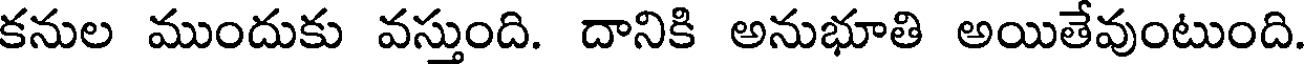
కనుల ముందుకు వస్తుంది. దానికి అనుభూతి అయితేవుంటుంది.